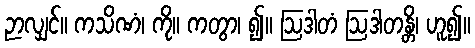
ဉာလျှင်။ ကသိဏံ၊ ကို။ ကတွာ၊ ၍။ ဩဒါတံ ဩဒါတန္တိ၊ ဟူ၍။